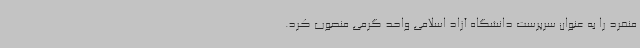
منفرد را به عنوان سرپرست دانشگاه آزاد اسلامی واحد گرمی منصوب کرد.